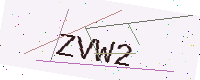
Text: ZVW2